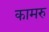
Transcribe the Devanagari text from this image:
कामरु